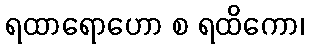
ရထာရောဟော စ ရထိကော၊